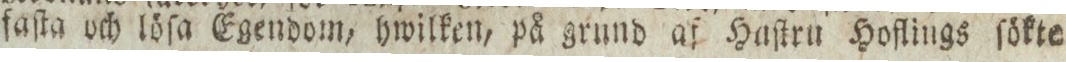
faſta och löſa Egendom, hwilken, på grund af Haſtru Hoflings ſökte